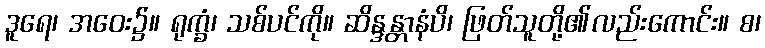
ဒူရေ၊ အဝေး၌။ ရုက္ခံ၊ သစ်ပင်ကို။ ဆိန္ဒန္တာနံပိ၊ ဖြတ်သူတို့၏လည်းကောင်း။ စ၊